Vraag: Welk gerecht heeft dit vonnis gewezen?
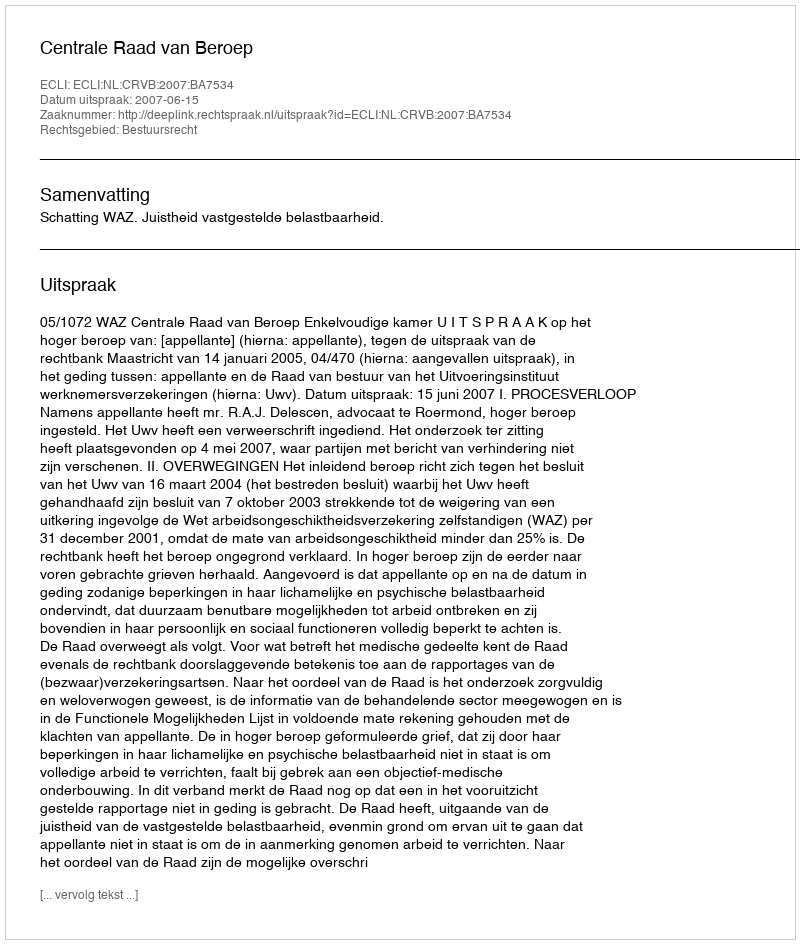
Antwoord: Centrale Raad van Beroep